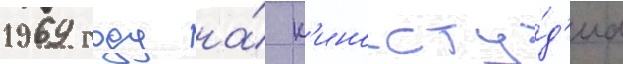
1969 году на́ к'иносту́д'иа